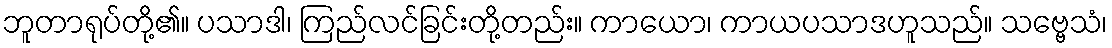
ဘူတာရုပ်တို့၏။ ပသာဒါ၊ ကြည်လင်ခြင်းတို့တည်း။ ကာယော၊ ကာယပသာဒဟူသည်။ သဗ္ဗေသံ၊